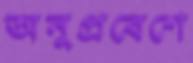
অনুপ্রবেশে